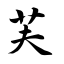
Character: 芙